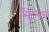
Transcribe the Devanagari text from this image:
स्ट्रिम्ज़